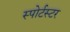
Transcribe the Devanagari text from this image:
स्पोर्टस्टर